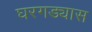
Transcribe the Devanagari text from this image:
घरगड्यास